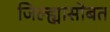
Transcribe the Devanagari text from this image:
जिल्ह्यासोबत